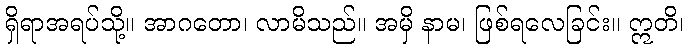
ရှိရာအရပ်သို့။ အာဂတော၊ လာမိသည်။ အမှိ နာမ၊ ဖြစ်ရလေခြင်း။ ဣတိ၊